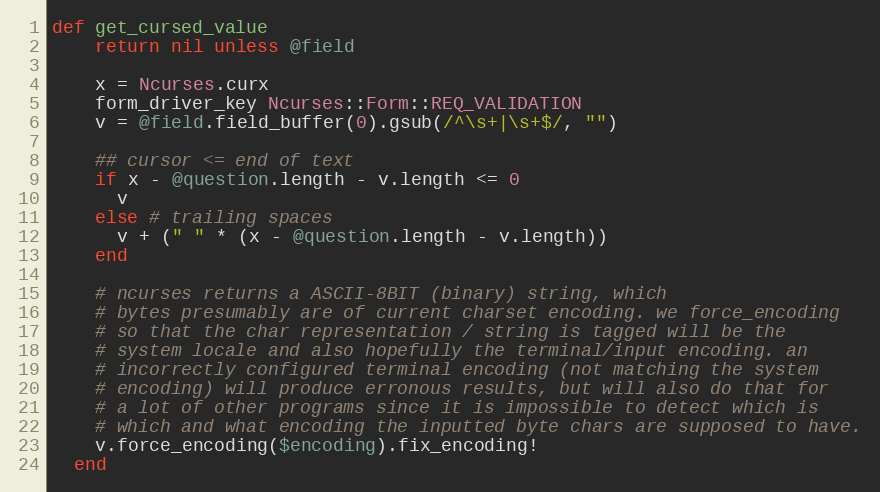
Language: Ruby
def get_cursed_value
    return nil unless @field

    x = Ncurses.curx
    form_driver_key Ncurses::Form::REQ_VALIDATION
    v = @field.field_buffer(0).gsub(/^\s+|\s+$/, "")

    ## cursor <= end of text
    if x - @question.length - v.length <= 0
      v
    else # trailing spaces
      v + (" " * (x - @question.length - v.length))
    end

    # ncurses returns a ASCII-8BIT (binary) string, which
    # bytes presumably are of current charset encoding. we force_encoding
    # so that the char representation / string is tagged will be the
    # system locale and also hopefully the terminal/input encoding. an
    # incorrectly configured terminal encoding (not matching the system
    # encoding) will produce erronous results, but will also do that for
    # a lot of other programs since it is impossible to detect which is
    # which and what encoding the inputted byte chars are supposed to have.
    v.force_encoding($encoding).fix_encoding!
  end